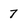
Character: 7